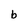
Character: b